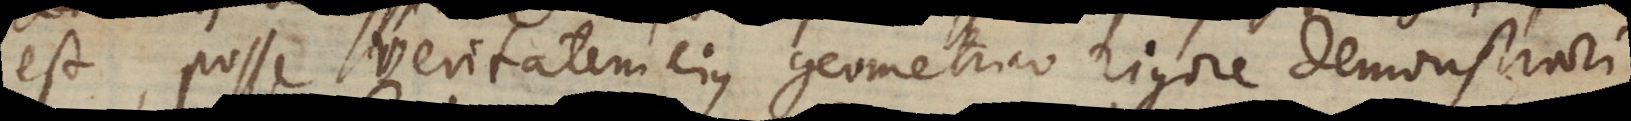
est, posse veritatem ejus geometrico rigore demonstrari